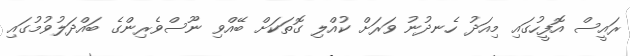
ރައީސް އޮފީހުގައި މިއަދު ހެނދުނު ވަރަށް ކުއްލި ގޮތަކަށް ބޭއްވި ނޫސްވެރިންގެ ބައްދަލުވުމުގައި